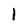
Character: 1